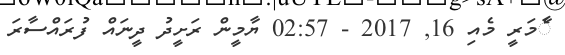
ާެމަރީ މެއި 16